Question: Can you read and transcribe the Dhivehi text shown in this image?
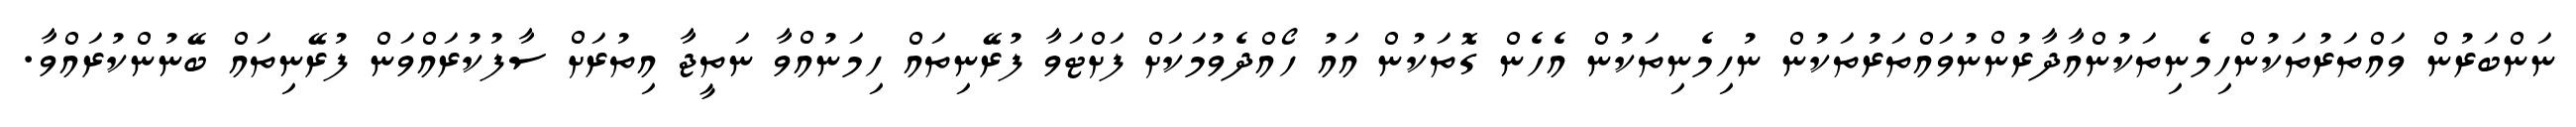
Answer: ނަންބަރުން ވައްތަރުތަކުންހިމެނިތަކުންއާދާރުންނުވައްތަރުތަކުން ނުހިމެނިތަކުން އެހެން ގޮތަކުން އައު ހޯއްދެވުމަކަށް ފަށްޓަވާ ފުރޭނިތައް ހިމަނުއްވާ ނަތީޖާ އިތުރަށް ސާފުކުރައްވަން ފުރޭނިތައް ބޭނުންކުރައްވާ.